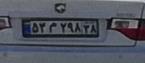
۵۲م۲۹۸۲۸